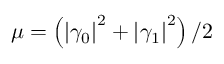
\mu = \left( \left| \gamma _ { 0 } \right| ^ { 2 } + \left| \gamma _ { 1 } \right| ^ { 2 } \right) / 2